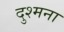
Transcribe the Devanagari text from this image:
दुश्मना